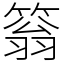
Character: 䈵